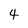
Character: 4